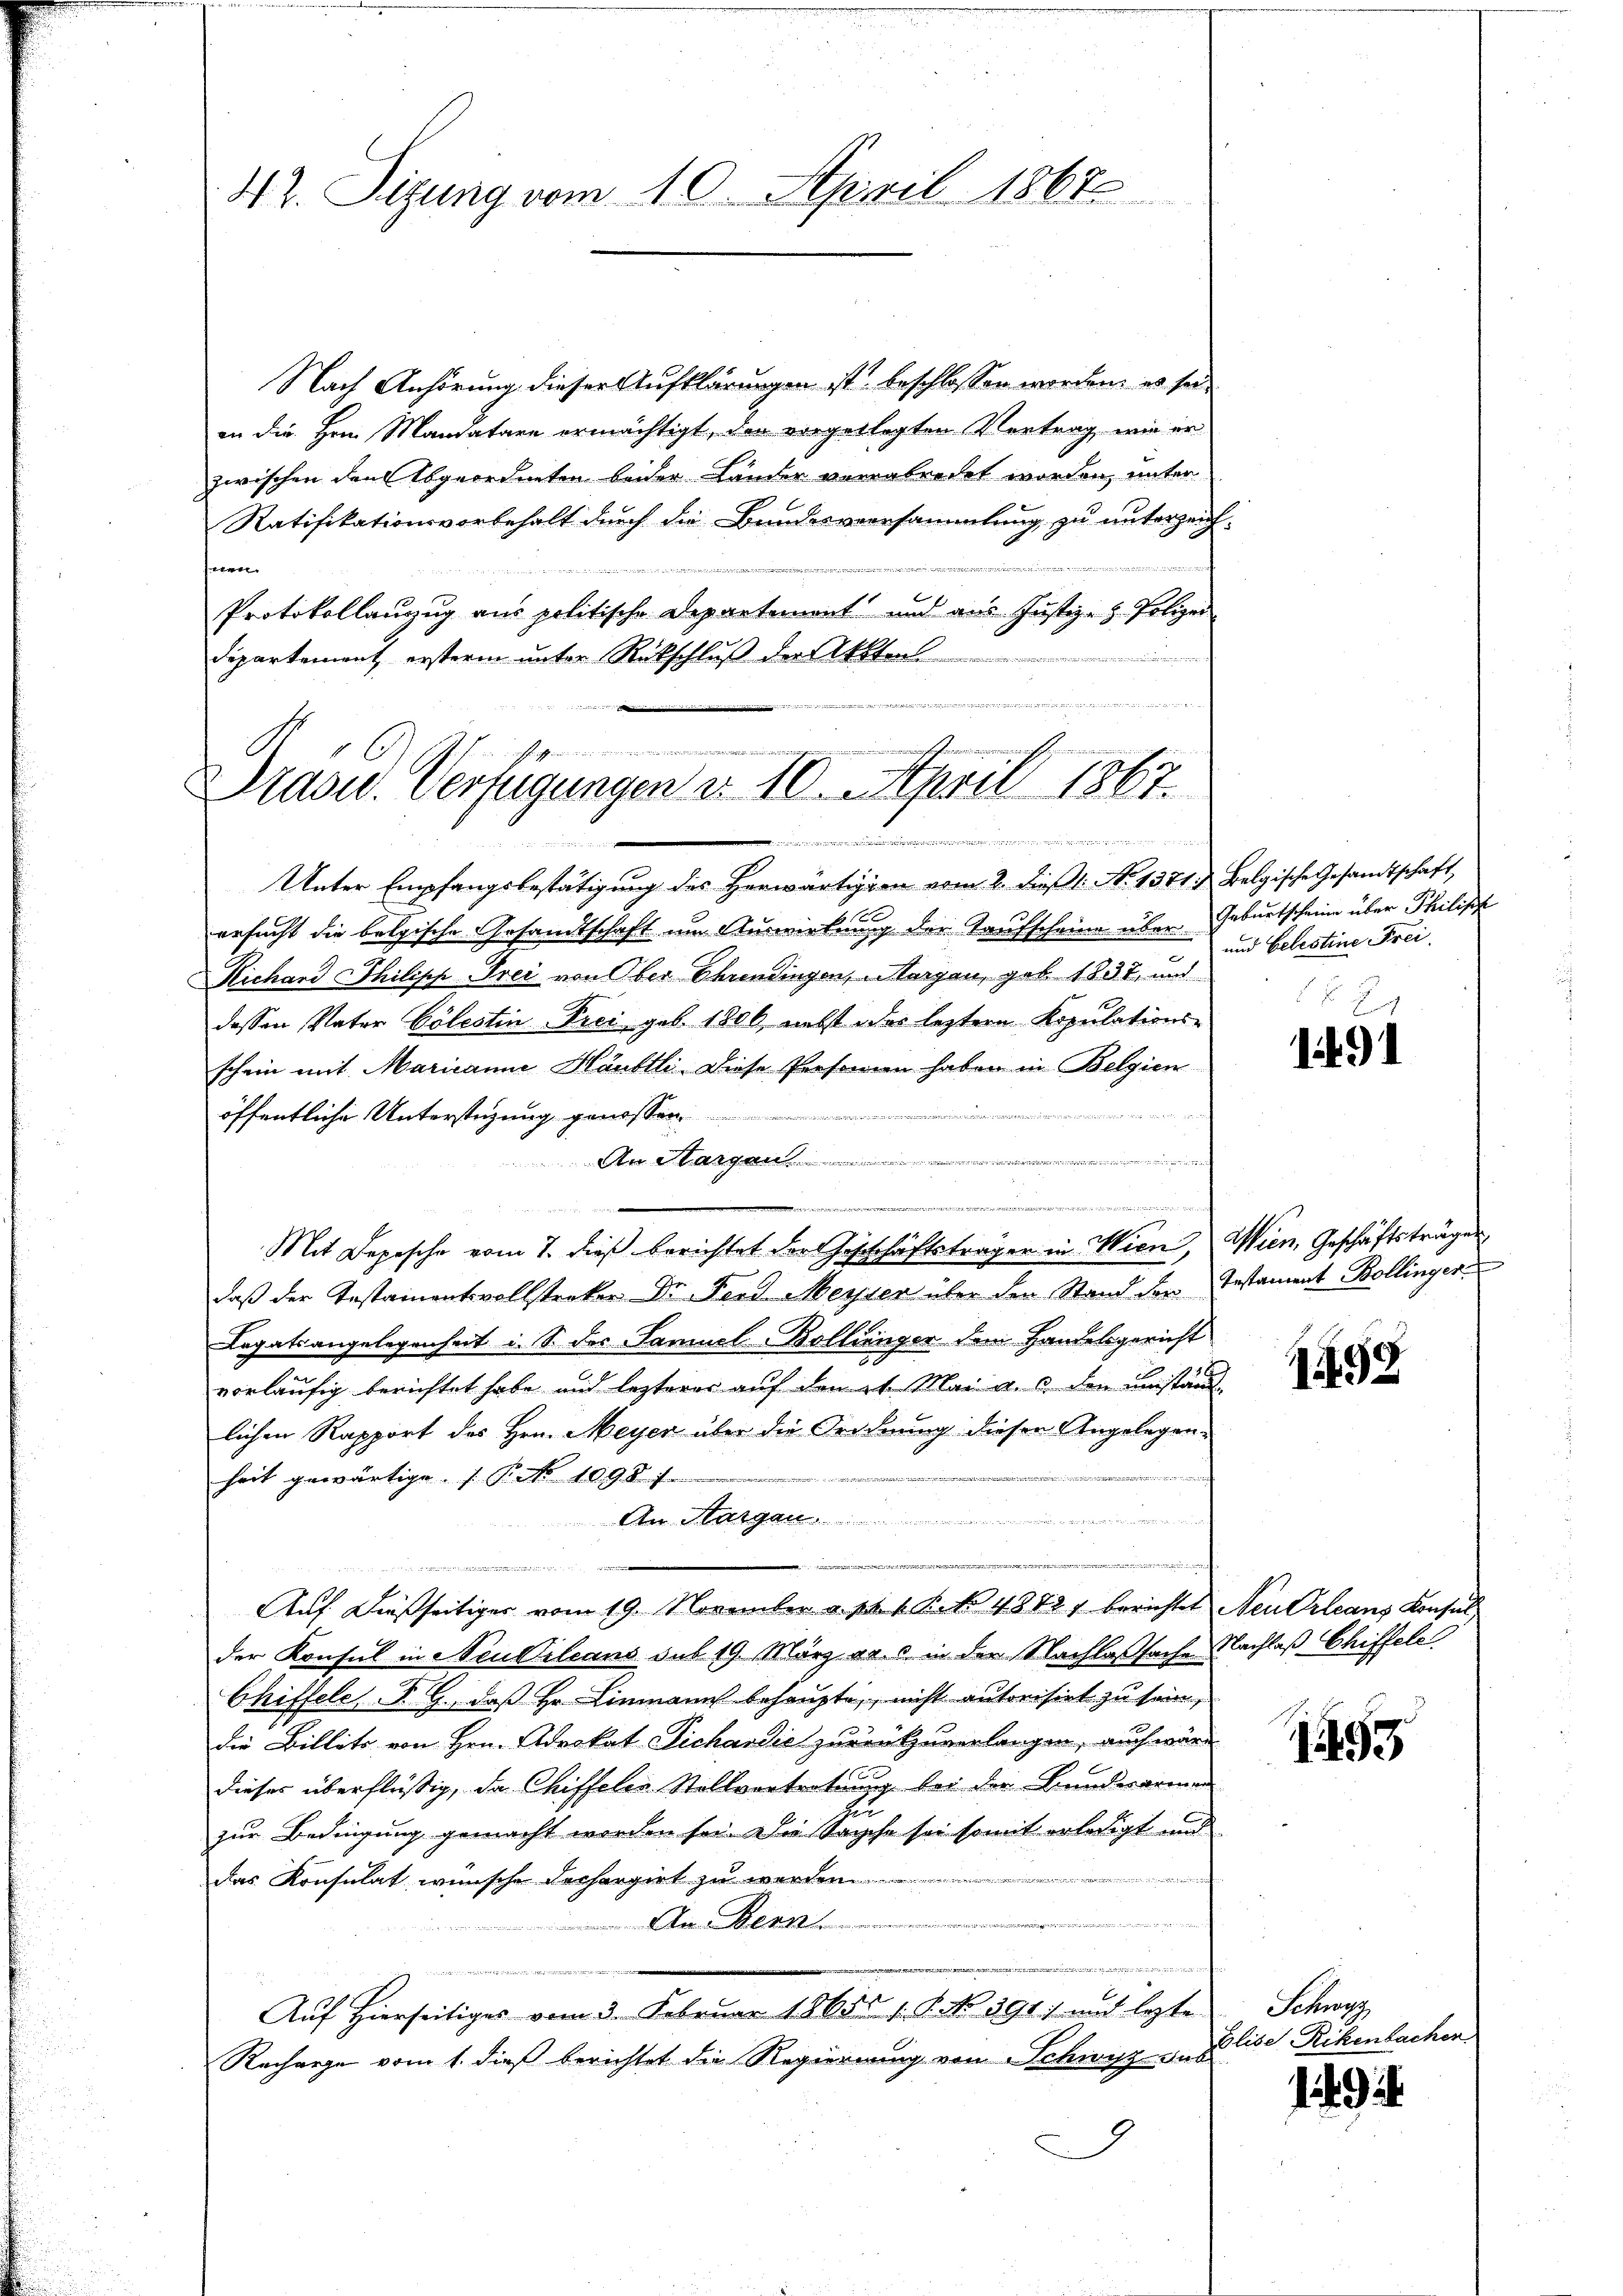
42. Sizung vom 10. April 1867

Nach Anhörung dieser Aufklärungen ist beschlossen worden, es seiin die Hrn. Mandatare ermächtigt, der vorgelegten Vertrag, wie er
zwischen den Abgeordneten beider Länder verabredet worden, unter
Ratifikationsvorbehalt durch die Bundesversammlung zu unterzeich-
ete
Protokollanzug aus politische Departiment und aus Justiz- & Polizei
Departement ersterm unter Rückschluß der Akten.
e

Präsid.. Verfügungen d. 10. April 1867.
.
n
e

.

Unter Empfangsbestätigung des Herwärtigion vom 2. dieß 1: No 1371. Belgische Gesandtschaft,
ersucht die belgische Gesandtschaft um Auswirkung der Taufscheine über Geburtscheine über Philisch
Richand Philipp Trei von Ober Ehrendingen, Margau, geb. 1837, und
dessen Vater Cölestin Frei geb. 1806, nebst oder leztere Kopulations-
schein mit Marianne Häuttli. Diese Personien haben in Belgien
öffentliche Unterstüzung genoße
An Mangen
Mit Depesche vom 7. dieß berichtet der Geschäftsträgen in Wien, Wien, Geschäftsträgen
daβ der Instamentvollstreker Dr. Ferd Meyer über den Stand der Testament Bollinger
Legatsangelegenheit u. S. der Samuel-Bollinger dem Handelsgericht
0
vorläufig berichtet habe und lezterer auf den et. Mai a. c. den umständ
lichen Rapport des Hrn. Meyer über die Ordnung dieser Angelegenf
heit gewärtige. (T. No 1098 f
An Strengan
e
Auf dießseitiger vom 19. November a. pr. 1. P. f. 4882, berichtet Neu Orleans Konsul
der Konsul in Neuvilians sub 19. März vac in der Nachlassache Nachlaß Chiffels
Chiffele, P. G., daß Hr. Einmann behaupte, nicht autorisirt zu sein,
die Billets von Hrn. Advokat Sichardić zurückzuverlangen, auch wir
dieses überflüßig, da Chiffeler Stollvertretung bei der Bunderarmen
Li
zur Bedingung gemacht werden sei. Die Sache sei somit erledigt und
i
das Konsulat wünsche derhergirt zu

An Bern.
e
Auf Hierseitiges vom 3. Februar 1865. 1. P. No. 391) und lezte
Recharge vom 1. dieß berichtet die Regierung von Schwyz das

und Celestine Frei

1491

1492

11499

Schwe
Elise Rikenbachen

.9.